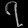
Digit: ၇